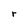
Character: r